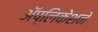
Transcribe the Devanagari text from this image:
अॅप्लिकेशने